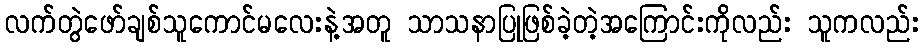
လက်တွဲဖော်ချစ်သူကောင်မလေးနဲ့အတူ သာသနာပြုဖြစ်ခဲ့တဲ့အကြောင်းကိုလည်း သူကလည်း